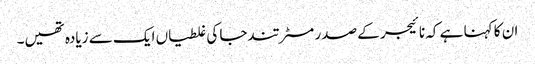
ان کا کہنا ہے کہ نائیجر کے صدر مسٹر تندجا کی غلطیاں ایک سے زیادہ تھیں۔